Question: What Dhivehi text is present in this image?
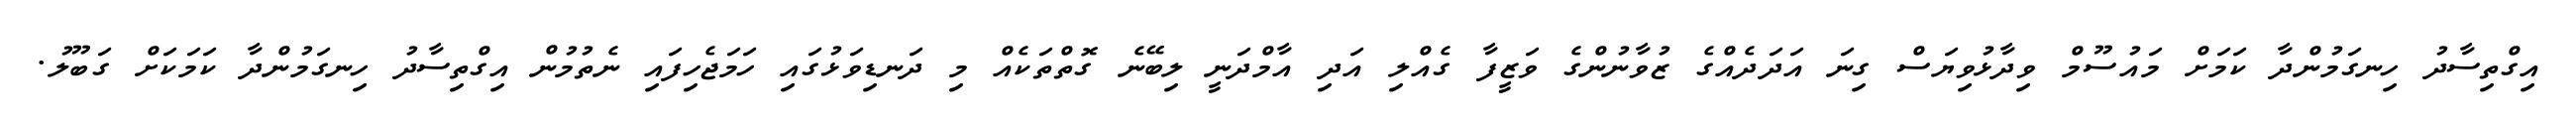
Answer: އިގްތިސާދު ހިނގަމުންދާ ކަމަށް މައުސޫމް ވިދާޅުވިޔަސް ގިނަ އަދަދެއްގެ ޒުވާނުންގެ ވަޒީފާ ގެއްލި އަދި އާމްދަނީ ލިބޭނެ ގޮތްތަކެއް މި ދަނޑިވަޅުގައި ހަމަޖެހިފައި ނެތުމުން އިގްތިސާދު ހިނގަމުންދާ ކަމަކަށް ގަބޫލު.